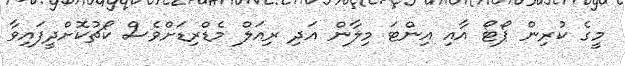
މީގެ ކުރިން ޕޯޓޯ އާއި އިންޓަ މިލާން އަދި ރިއަލް މެޑްރިޑަށްވެސް ކޯޗުކޮށްދީފައިވާ